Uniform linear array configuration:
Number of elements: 48
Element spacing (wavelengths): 0.75
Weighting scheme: hamming
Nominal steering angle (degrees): -60
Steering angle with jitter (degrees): -61.123
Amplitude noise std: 0.05
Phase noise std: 0.05

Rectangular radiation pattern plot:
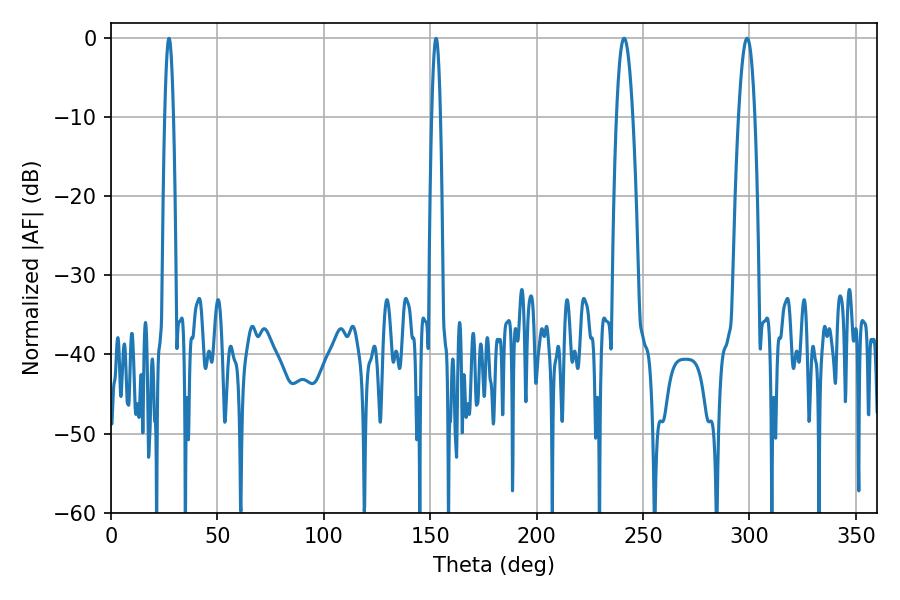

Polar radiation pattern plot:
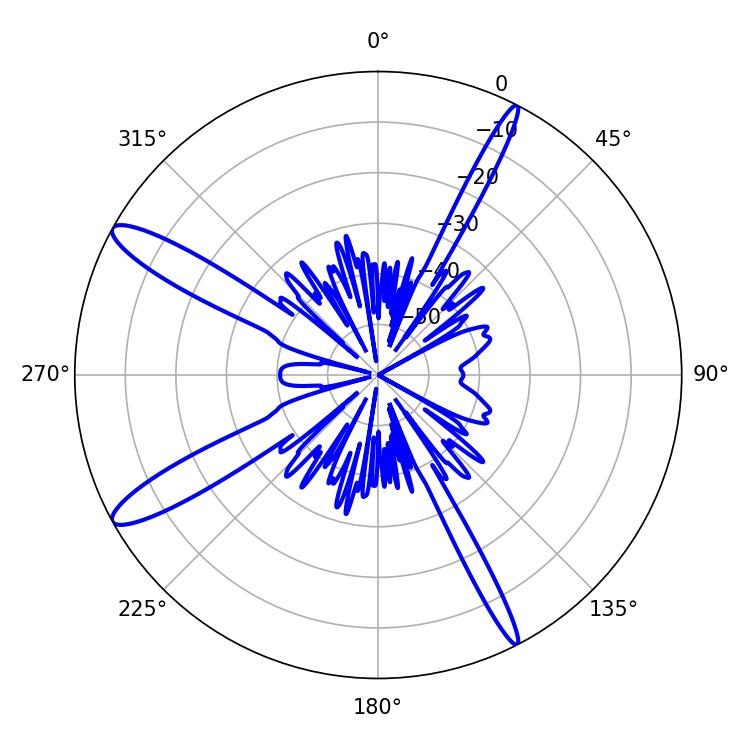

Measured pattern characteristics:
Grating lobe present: TRUE
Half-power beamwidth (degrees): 4.14
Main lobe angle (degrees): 241.02